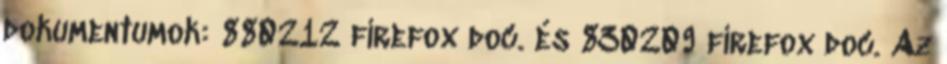
dokumentumok: 880212 firefox doc. és 830209 firefox doc. Az